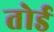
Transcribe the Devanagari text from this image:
तोर्ड